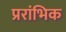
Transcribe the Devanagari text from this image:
प्ररांभिक